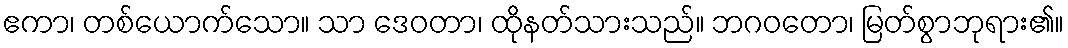
ဧကာ၊ တစ်ယောက်သော။ သာ ဒေဝတာ၊ ထိုနတ်သားသည်။ ဘဂဝတော၊ မြတ်စွာဘုရား၏။